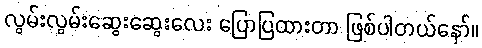
လွမ်းလွမ်းဆွေးဆွေးလေး ပြောပြထားတာ ဖြစ်ပါတယ်နော်။